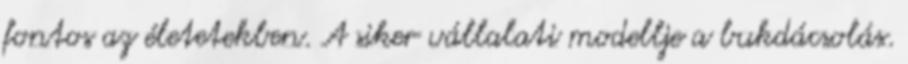
fontos az életetekben. A siker vállalati modellje a bukdácsolás.